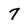
Character: 7